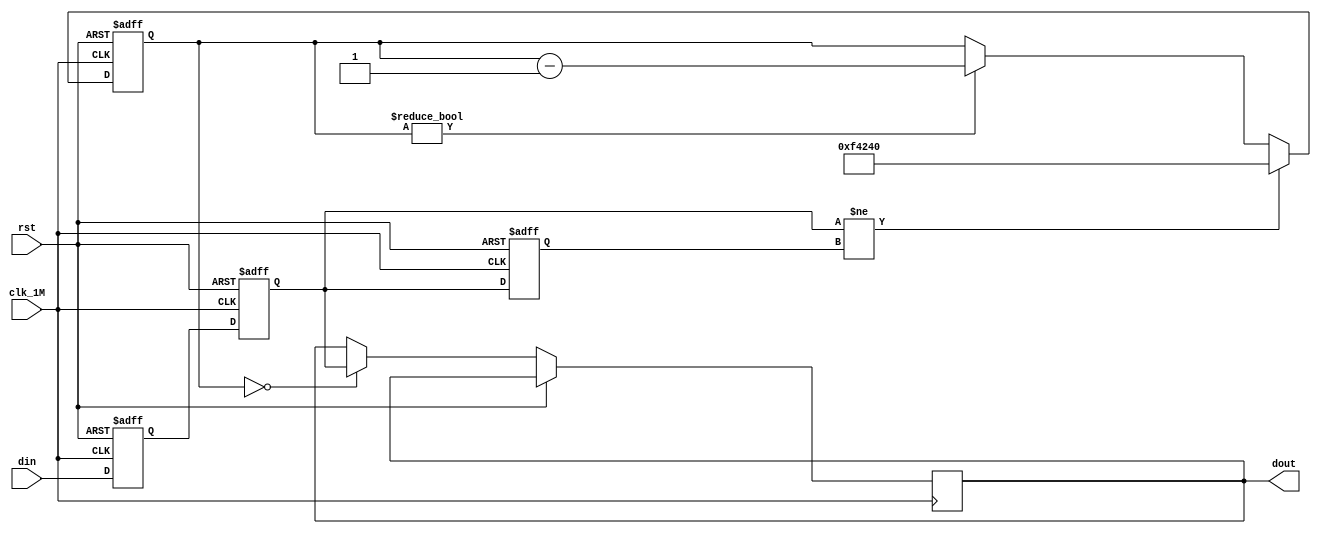
module debouncer(clk_1M, rst, din, dout);
  input clk_1M;
  input rst;
  input din;
  output dout;
  
  reg dout = 0;
  reg [21:0] count = 0;
  
  reg sync0 = 0;  // first stage of synchronizer
  reg sync1 = 0;  // second stage of synchronizer

  reg prev = 0;   // register for edge detection

  // synchronize input. (Synchronizers will be discussed in a future lab.)
  always @(posedge clk_1M or posedge rst) begin
    if (rst == 1) begin
      sync0 <= 0;
		sync1 <= 0;
    end
    else begin
      sync0 <= din;
		sync1 <= sync0;
    end
  end // always
  
  // perform an edge detect on the synchronized input.
  always @(posedge clk_1M or posedge rst) begin
    if (rst == 1) begin
	   prev <= 0;
	 end
	 else begin
		prev <= sync1;
	 end
  end // always
  
  // state machine/counter for timing the debouncing.
  always @(posedge clk_1M or posedge rst) begin
    if (rst == 1) begin
		count <= 0;
	 end
	 else begin
      if (count == 0) begin
		  dout <= sync1;
		end
		
		if (sync1 != prev) begin  // edge detect
		  count <= 22'd1_000_000;  // 100,000 us = 100ms delay
		end
		else if (count != 0) begin
		  count <= count - 1'd1;
		end
	 end
  end // always

endmodule